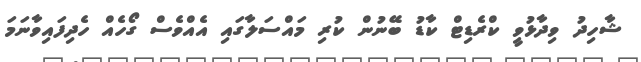
ޝާހިދު ވިދާޅުވީ ކްރެޑިޓް ކާޑު ބޭނުން ކުރި މައްސަލާގައި އެއްވެސް ގޯހެއް ހެދިފައިވާނަމަ